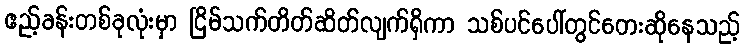
ဧည့်ခန်းတစ်ခုလုံးမှာ ငြိမ်သက်တိတ်ဆိတ်လျက်ရှိကာ သစ်ပင်ပေါ်တွင်တေးဆိုနေသည့်